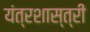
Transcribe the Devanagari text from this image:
यंत्रशास्त्री